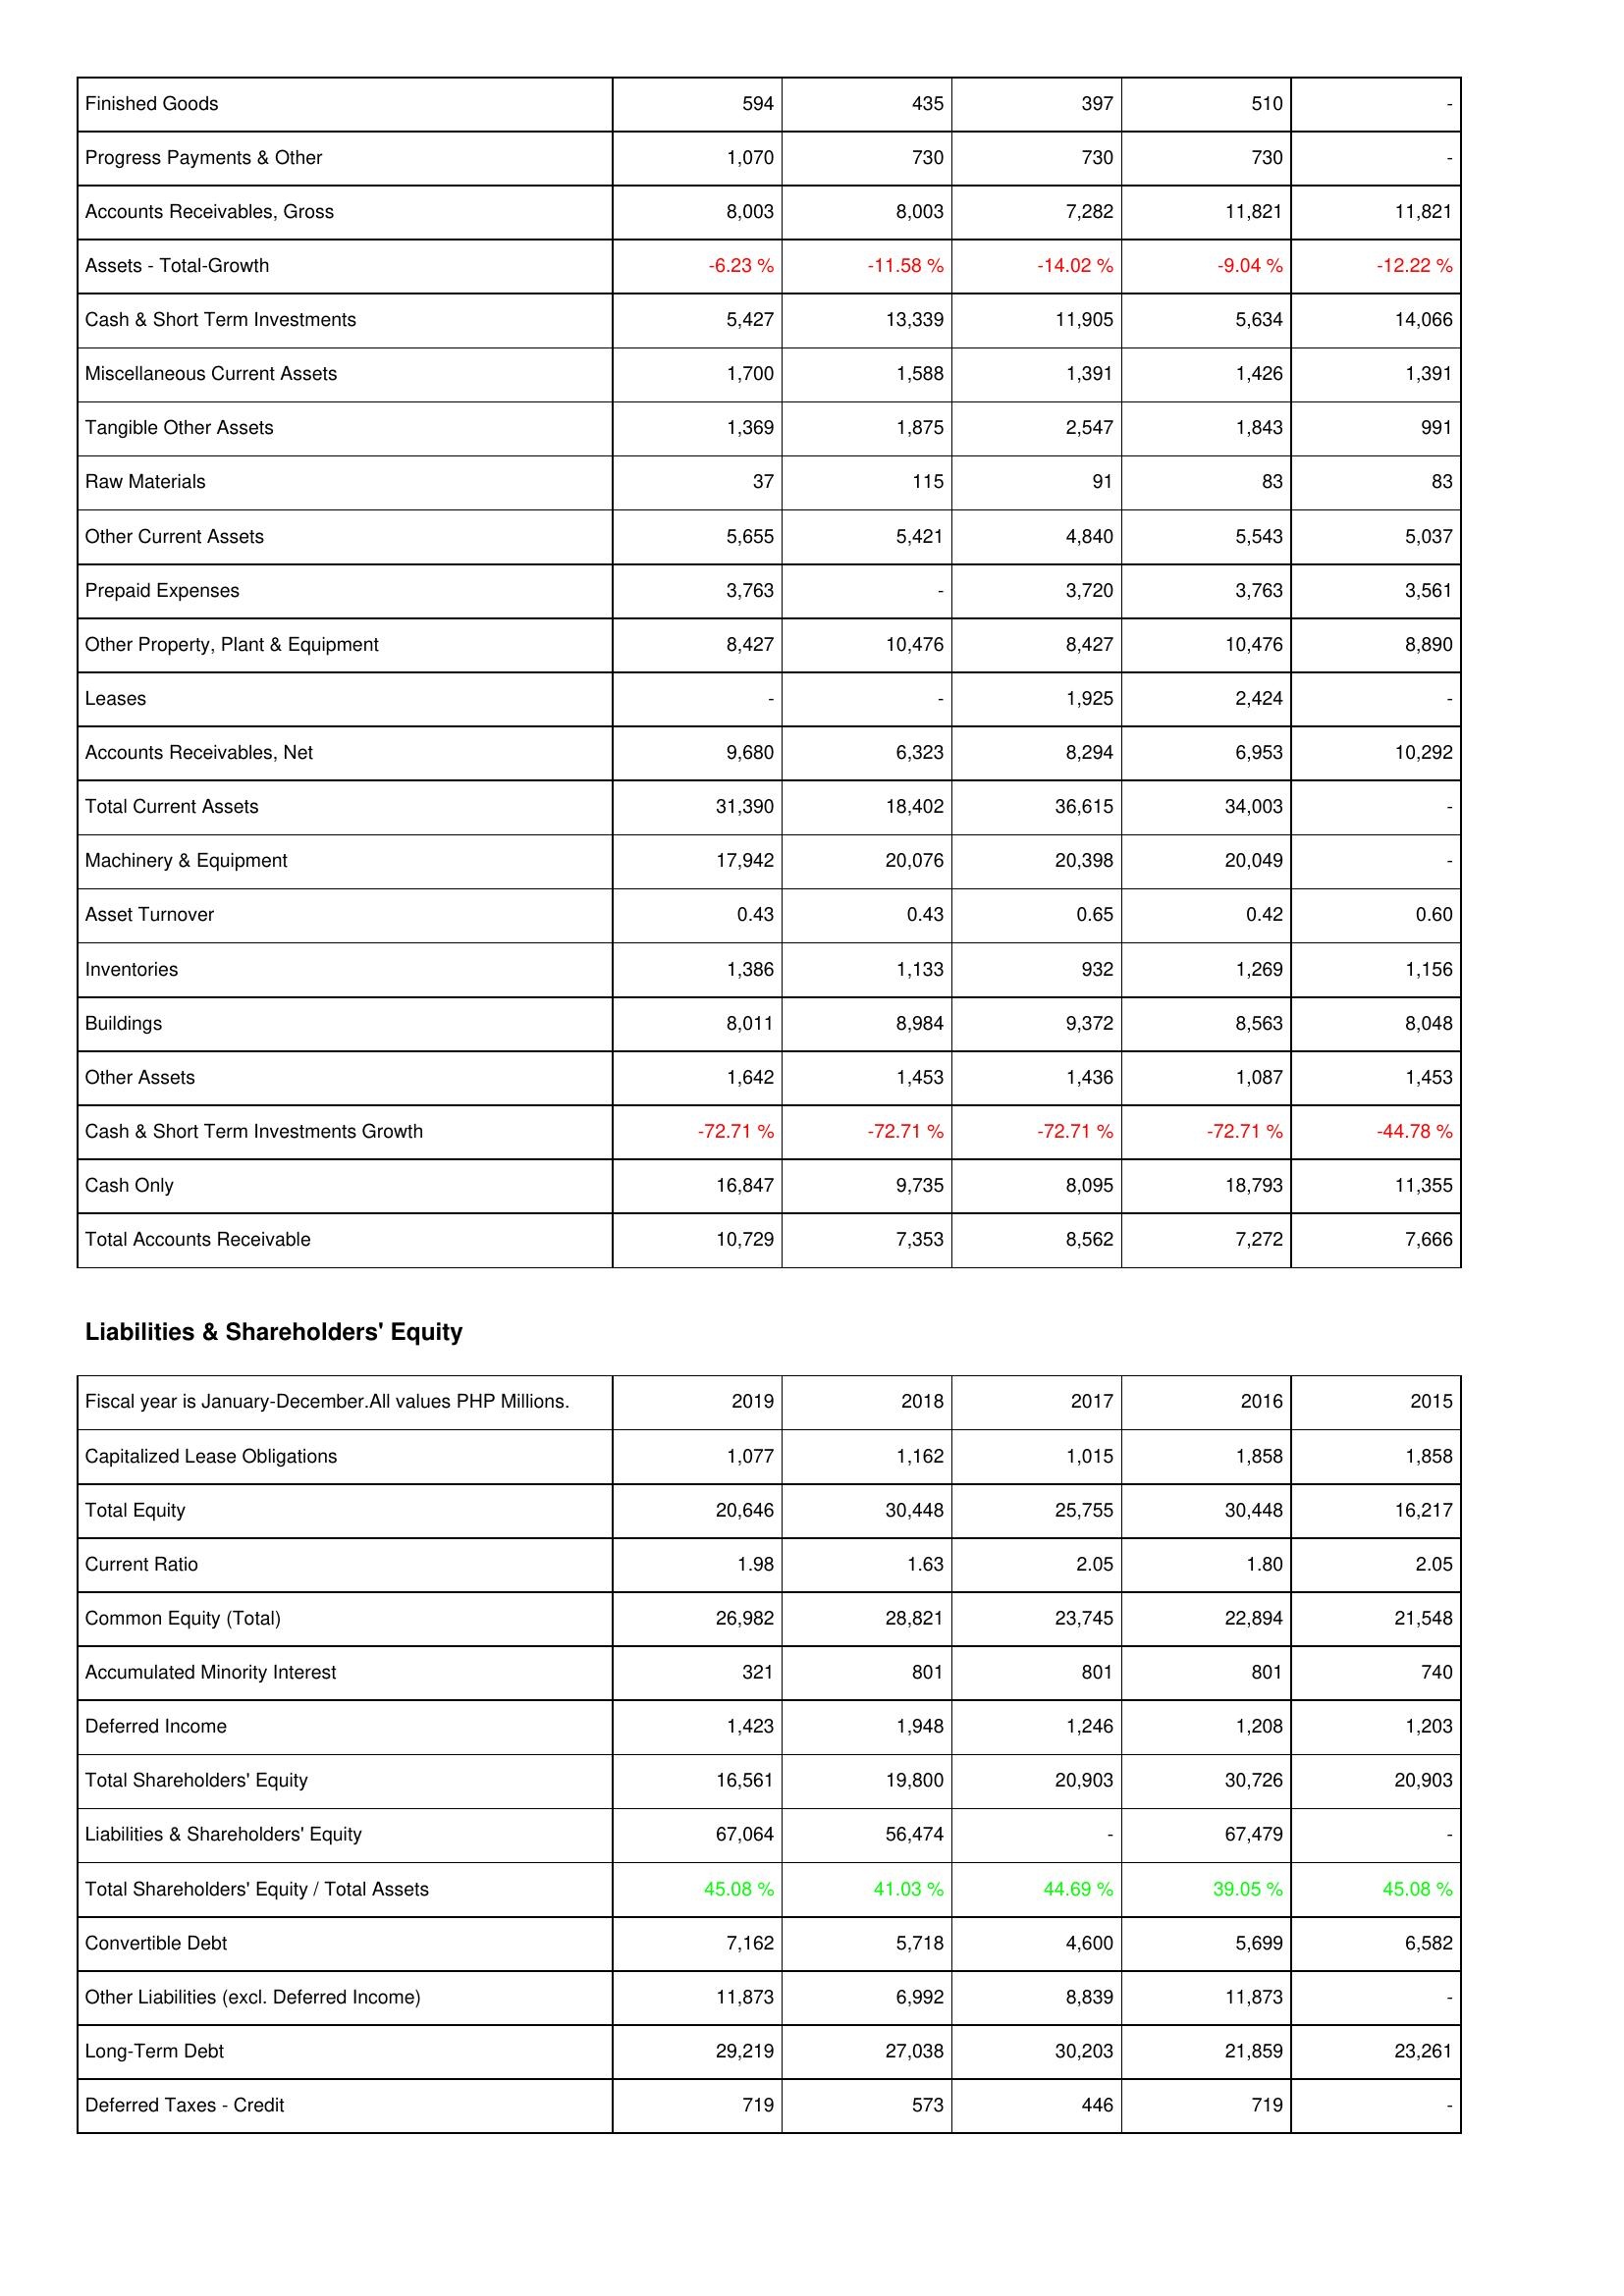
2019: Assets: Finished Goods: 594
Progress Payments & Other: 1,070
Accounts Receivables, Gross: 8,003
Assets - Total-Growth: -6.23 %
Cash & Short Term Investments: 5,427
Miscellaneous Current Assets: 1,700
Tangible Other Assets: 1,369
Raw Materials: 37
Other Current Assets: 5,655
Prepaid Expenses: 3,763
Other Property, Plant & Equipment: 8,427
Leases: -
Accounts Receivables, Net: 9,680
Total Current Assets: 31,390
Machinery & Equipment: 17,942
Asset Turnover: 0.43
Inventories: 1,386
Buildings: 8,011
Other Assets: 1,642
Cash & Short Term Investments Growth: -72.71 %
Cash Only: 16,847
Total Accounts Receivable: 10,729
Liabilities & Shareholders' Equity: Capitalized Lease Obligations: 1,077
Total Equity: 20,646
Current Ratio: 1.98
Common Equity (Total): 26,982
Accumulated Minority Interest: 321
Deferred Income: 1,423
Total Shareholders' Equity: 16,561
Liabilities & Shareholders' Equity: 67,064
Total Shareholders' Equity / Total Assets: 45.08 %
Convertible Debt: 7,162
Other Liabilities (excl. Deferred Income): 11,873
Long-Term Debt: 29,219
Deferred Taxes - Credit: 719
2018: Assets: Finished Goods: 435
Progress Payments & Other: 730
Accounts Receivables, Gross: 8,003
Assets - Total-Growth: -11.58 %
Cash & Short Term Investments: 13,339
Miscellaneous Current Assets: 1,588
Tangible Other Assets: 1,875
Raw Materials: 115
Other Current Assets: 5,421
Prepaid Expenses: -
Other Property, Plant & Equipment: 10,476
Leases: -
Accounts Receivables, Net: 6,323
Total Current Assets: 18,402
Machinery & Equipment: 20,076
Asset Turnover: 0.43
Inventories: 1,133
Buildings: 8,984
Other Assets: 1,453
Cash & Short Term Investments Growth: -72.71 %
Cash Only: 9,735
Total Accounts Receivable: 7,353
Liabilities & Shareholders' Equity: Capitalized Lease Obligations: 1,162
Total Equity: 30,448
Current Ratio: 1.63
Common Equity (Total): 28,821
Accumulated Minority Interest: 801
Deferred Income: 1,948
Total Shareholders' Equity: 19,800
Liabilities & Shareholders' Equity: 56,474
Total Shareholders' Equity / Total Assets: 41.03 %
Convertible Debt: 5,718
Other Liabilities (excl. Deferred Income): 6,992
Long-Term Debt: 27,038
Deferred Taxes - Credit: 573
2017: Assets: Finished Goods: 397
Progress Payments & Other: 730
Accounts Receivables, Gross: 7,282
Assets - Total-Growth: -14.02 %
Cash & Short Term Investments: 11,905
Miscellaneous Current Assets: 1,391
Tangible Other Assets: 2,547
Raw Materials: 91
Other Current Assets: 4,840
Prepaid Expenses: 3,720
Other Property, Plant & Equipment: 8,427
Leases: 1,925
Accounts Receivables, Net: 8,294
Total Current Assets: 36,615
Machinery & Equipment: 20,398
Asset Turnover: 0.65
Inventories: 932
Buildings: 9,372
Other Assets: 1,436
Cash & Short Term Investments Growth: -72.71 %
Cash Only: 8,095
Total Accounts Receivable: 8,562
Liabilities & Shareholders' Equity: Capitalized Lease Obligations: 1,015
Total Equity: 25,755
Current Ratio: 2.05
Common Equity (Total): 23,745
Accumulated Minority Interest: 801
Deferred Income: 1,246
Total Shareholders' Equity: 20,903
Liabilities & Shareholders' Equity: -
Total Shareholders' Equity / Total Assets: 44.69 %
Convertible Debt: 4,600
Other Liabilities (excl. Deferred Income): 8,839
Long-Term Debt: 30,203
Deferred Taxes - Credit: 446
2016: Assets: Finished Goods: 510
Progress Payments & Other: 730
Accounts Receivables, Gross: 11,821
Assets - Total-Growth: -9.04 %
Cash & Short Term Investments: 5,634
Miscellaneous Current Assets: 1,426
Tangible Other Assets: 1,843
Raw Materials: 83
Other Current Assets: 5,543
Prepaid Expenses: 3,763
Other Property, Plant & Equipment: 10,476
Leases: 2,424
Accounts Receivables, Net: 6,953
Total Current Assets: 34,003
Machinery & Equipment: 20,049
Asset Turnover: 0.42
Inventories: 1,269
Buildings: 8,563
Other Assets: 1,087
Cash & Short Term Investments Growth: -72.71 %
Cash Only: 18,793
Total Accounts Receivable: 7,272
Liabilities & Shareholders' Equity: Capitalized Lease Obligations: 1,858
Total Equity: 30,448
Current Ratio: 1.80
Common Equity (Total): 22,894
Accumulated Minority Interest: 801
Deferred Income: 1,208
Total Shareholders' Equity: 30,726
Liabilities & Shareholders' Equity: 67,479
Total Shareholders' Equity / Total Assets: 39.05 %
Convertible Debt: 5,699
Other Liabilities (excl. Deferred Income): 11,873
Long-Term Debt: 21,859
Deferred Taxes - Credit: 719
2015: Assets: Finished Goods: -
Progress Payments & Other: -
Accounts Receivables, Gross: 11,821
Assets - Total-Growth: -12.22 %
Cash & Short Term Investments: 14,066
Miscellaneous Current Assets: 1,391
Tangible Other Assets: 991
Raw Materials: 83
Other Current Assets: 5,037
Prepaid Expenses: 3,561
Other Property, Plant & Equipment: 8,890
Leases: -
Accounts Receivables, Net: 10,292
Total Current Assets: -
Machinery & Equipment: -
Asset Turnover: 0.60
Inventories: 1,156
Buildings: 8,048
Other Assets: 1,453
Cash & Short Term Investments Growth: -44.78 %
Cash Only: 11,355
Total Accounts Receivable: 7,666
Liabilities & Shareholders' Equity: Capitalized Lease Obligations: 1,858
Total Equity: 16,217
Current Ratio: 2.05
Common Equity (Total): 21,548
Accumulated Minority Interest: 740
Deferred Income: 1,203
Total Shareholders' Equity: 20,903
Liabilities & Shareholders' Equity: -
Total Shareholders' Equity / Total Assets: 45.08 %
Convertible Debt: 6,582
Other Liabilities (excl. Deferred Income): -
Long-Term Debt: 23,261
Deferred Taxes - Credit: -